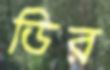
ডির